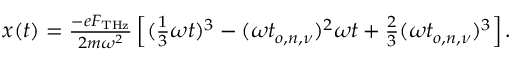
\begin{array} { r } { x ( t ) = \frac { - e F _ { \mathrm { T H z } } } { 2 m \omega ^ { 2 } } \left[ ( \frac { 1 } { 3 } \omega t ) ^ { 3 } - ( \omega t _ { o , n , \nu } ) ^ { 2 } \omega t + \frac { 2 } { 3 } ( \omega t _ { o , n , \nu } ) ^ { 3 } \right] . } \end{array}